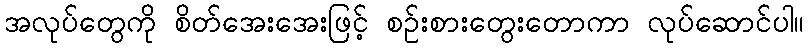
အလုပ်တွေကို စိတ်အေးအေးဖြင့် စဉ်းစားတွေးတောကာ လုပ်ဆောင်ပါ။